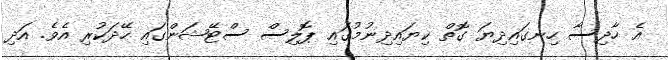
އެ ހާދިސާ ހިނގައިދިޔަ ގޮތް ކިޔައިދިނުމުގައި ޕޮލިސް ސްޓޭޝަންގައި ހޭދަކުރި އެވެ. އަދި